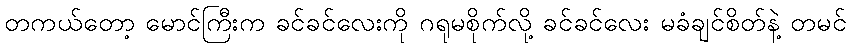
တကယ်တော့ မောင်ကြီးက ခင်ခင်လေးကို ဂရုမစိုက်လို့ ခင်ခင်လေး မခံချင်စိတ်နဲ့ တမင်